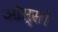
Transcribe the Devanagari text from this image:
ओस्सो